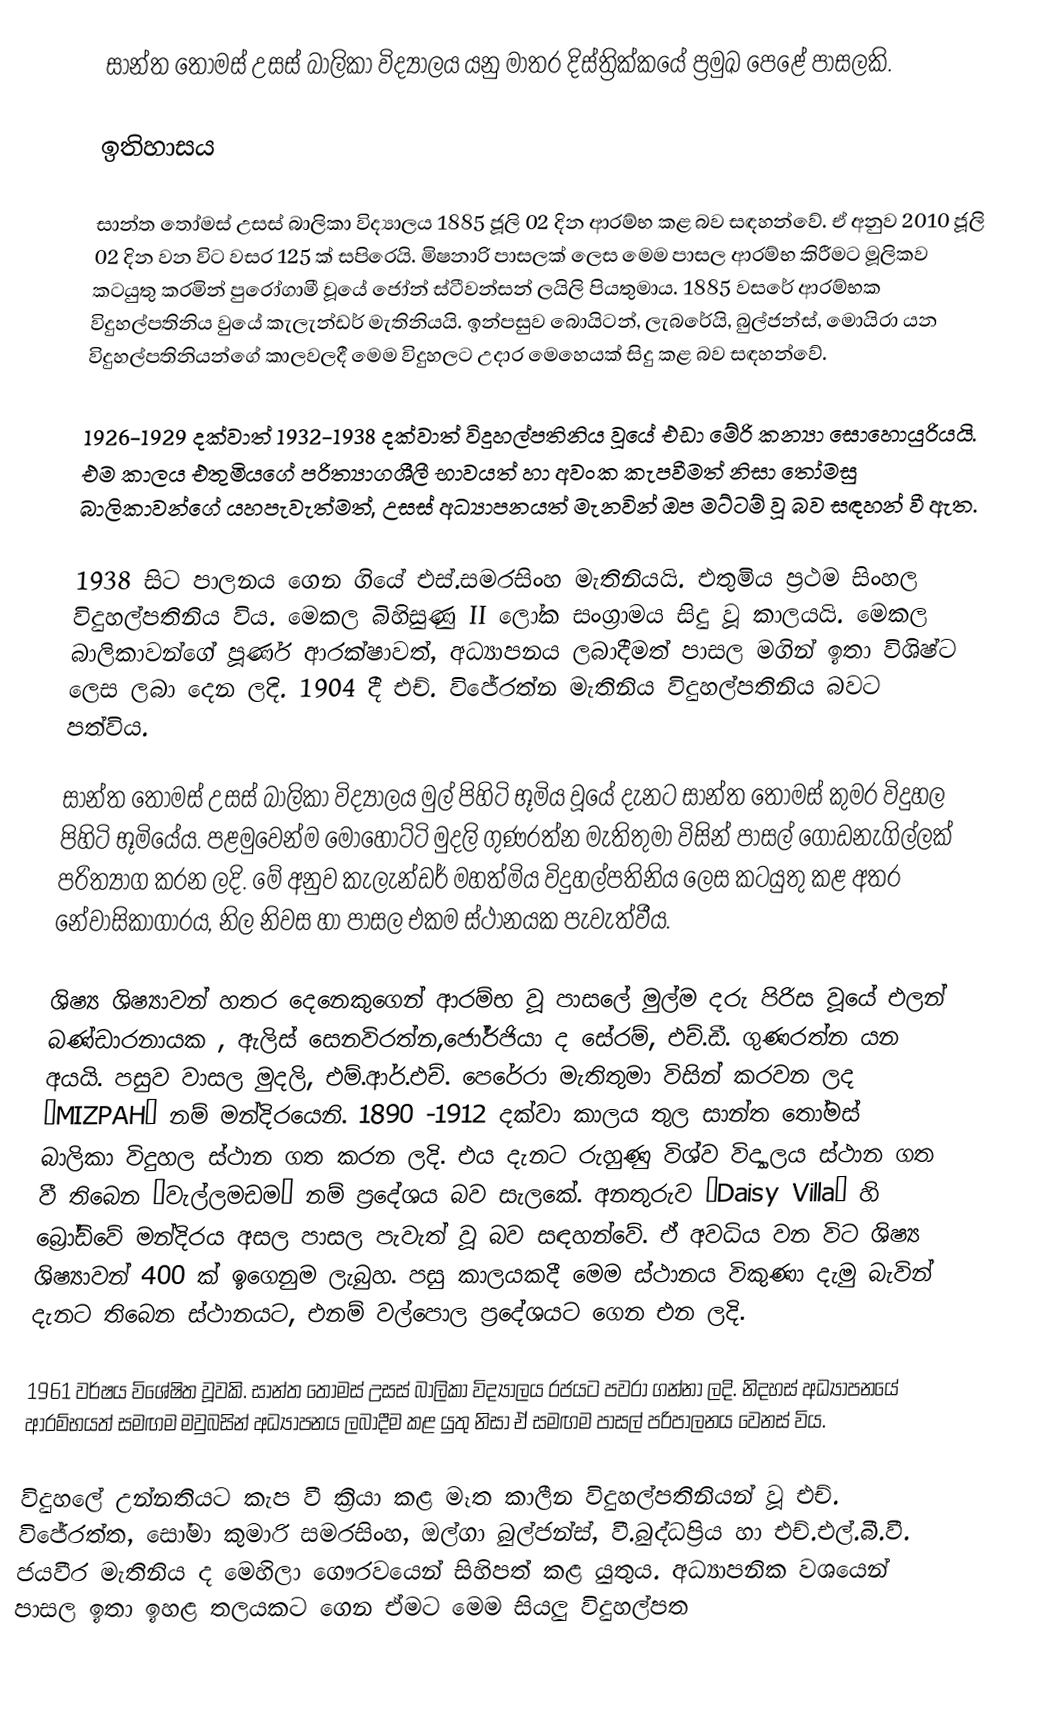
සාන්ත තෝමස් උසස් බාලිකා විද්‍යාලය යනු මාතර දිස්ත්‍රික්කයේ ප්‍රමුඛ පෙළේ පාසලකි.

ඉතිහාසය

සාන්ත තෝමස් උසස් බාලිකා විද්‍යාලය 1885 ජූලි 02 දින ආරම්භ කළ බව සඳහන්වේ.  ඒ අනුව  2010 ජූලි 02 දින වන විට වසර 125  ක් සපිරෙයි. මිෂනාරි පාසලක් ලෙස  මෙම පාසල ආරම්භ කිරීමට මූලිකව කටයුතු කරමින්  පුරෝගාමී වූයේ ජෝන් ස්ටීවන්සන් ලයිලි පියතුමාය. 1885 වසරේ ආරම්භක විදුහල්පතිනිය වුයේ කැලැන්ඩර් මැතිනියයි. ඉන්පසුව බොයිටන්, ලැබරේයි, බුල්ජන්ස්, මොයිරා යන විදුහල්පතිනියන්ගේ කාලවලදී මෙම විදුහලට උදාර මෙහෙයක් සිදු කළ බව සඳහන්වේ.

1926-1929 දක්වාත් 1932-1938 දක්වාත් විදුහල්පතිනිය වූයේ එඩා මේරි කන්‍යා සොහොයුරියයි. එම කාලය එතුමියගේ පරිත්‍යාගශීලී භාවයත් හා අවංක කැපවීමත් නිසා තෝමසු බාලිකාවන්ගේ යහපැවැත්මත්, උසස් අධ්‍යාපනයත් මැනවින් ඔප මට්ටම් වූ බව සඳහන් වී ඇත.

1938 සිට පාලනය ගෙන ගියේ එස්.සමරසිංහ මැතිනියයි. එතුමිය ප්‍රථම සිංහල විදුහල්පතිනිය විය. මෙකල බිහිසුණු II ලෝක සංග්‍රාමය සිදු වූ කාලයයි. මෙකල බාලිකාවන්ගේ  පූර්ණ ආරක්ෂාවත්, අධ්‍යාපනය ලබාදීමත් පාසල මගින් ඉතා විශිෂ්ට ලෙස ලබා දෙන ලදි. 1904 දී එච්. විජේරත්න මැතිනිය විදුහල්පතිනිය බවට පත්විය.

සාන්ත  තෝමස් උසස් බාලිකා විද්‍යාලය මුල් පිහිටි භූමිය වූයේ දැනට සාන්ත තෝමස් කුමර විදුහල පිහිටි භූමියේය. පළමුවෙන්ම මොහොට්ටි මුදලි ගුණරත්න මැතිතුමා විසින් පාසල් ගොඩනැගිල්ලක් පරිත්‍යාග කරන ලදි. මේ අනුව කැලැන්ඩර් මහත්මිය විදුහල්පතිනිය ලෙස කටයුතු කළ අතර නේවාසිකාගාරය, නිල නිවස හා පාසල එකම ස්ථානයක පැවැත්වීය.

ශිෂ්‍ය ශිෂ්‍යාවන් හතර දෙ‍නෙකුගෙන් ආරම්භ වූ පාසලේ මුල්ම දරු පිරිස වූයේ එලන් බණ්ඩාරනායක , ඇලිස් සෙනවිරත්න,ජෝර්ජියා ද සේරම්, එච්.ඩී. ගුණරත්න යන අයයි. පසුව  වාසල මුදලි, එම්.ආර්.එච්. පෙරේරා මැතිතුමා විසින් කරවන ලද “MIZPAH” නම් මන්දිරයෙනි. 1890 -1912 දක්වා කාලය තුල සාන්ත තෝමස් බාලිකා විදුහල ස්ථාන ගත කරන ලදි. එය දැනට රුහුණු විශ්ව විද්‍යාලය ස්ථාන ගත වී  තිබෙන “වැල්ලමඩම” නම්  ප්‍රදේශය බව සැලකේ. අනතුරුව “Daisy Villa” හි බ්‍රෝඩ්වේ මන්දිරය අසල පාසල පැවැත් වූ බව සඳහන්වේ. ඒ අවධිය වන විට  ශිෂ්‍ය ශිෂ්‍යාවන් 400 ක් ඉගෙනුම ලැබුහ. පසු  කාලයකදී මෙම ස්ථානය විකුණා දැමු බැවින් දැනට තිබෙන ස්ථානයට, එනම් වල්පොල ප්‍රදේශයට ගෙන එන ලදි.

1961 වර්ෂය වි‍ශේෂිත වූවකි. සාන්ත තෝ‍මස් උසස් බාලිකා විද්‍යාලය රජයට පවරා ගන්නා ලදි.  නිදහස් අධ්‍යාපන‍යේ ආරම්භයත් සමඟම මවුබසින් අධ්‍යාපනය ලබාදීම කළ යුතු නිසා ඒ සමඟම පාසල් පරිපාලනය වෙනස් විය.

 විදුහලේ   උන්නතියට කැප වී ක්‍රියා කළ   මෑත  කාලීන  විදුහල්පතිනියන්  වූ    එච්. විජේරත්ත, සෝමා කුමාරි සමරසිංහ, ඔල්ගා බුල්ජන්ස්, වී.බුද්ධප්‍රිය හා එච්.එල්.බී.වී. ජයවීර මැතිනිය ද මෙහිලා ගෞරවයෙන් සිහිපත් කළ යුතුය. අධ්‍යාපනික වශයෙන් පාසල ඉතා ඉහළ තලයකට ගෙන ඒමට මෙම සියලු විදුහල්පත